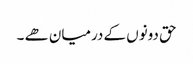
حق دونوں کے درمیان ھے ۔